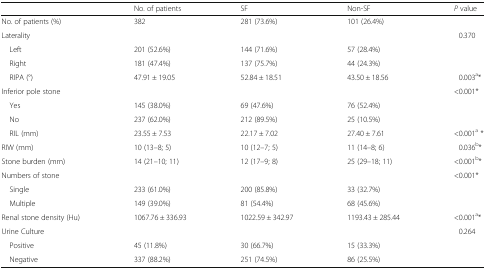
<table><thead><tr><td></td><td><b>No. of patients</b></td><td><b>SF</b></td><td><b>Non-SF</b></td><td><b><i>P</i> value</b></td></tr></thead><tbody><tr><td>No. of patients (%)</td><td>382</td><td>281 (73.6%)</td><td>101 (26.4%)</td><td></td></tr><tr><td>Laterality</td><td></td><td></td><td></td><td>0.370</td></tr><tr><td> Left</td><td>201 (52.6%)</td><td>144 (71.6%)</td><td>57 (28.4%)</td><td></td></tr><tr><td> Right</td><td>181 (47.4%)</td><td>137 (75.7%)</td><td>44 (24.3%)</td><td></td></tr><tr><td> RIPA (°)</td><td>47.91 ± 19.05</td><td>52.84 ± 18.51</td><td>43.50 ± 18.56</td><td>0.003<sup>a</sup>*</td></tr><tr><td>Inferior pole stone</td><td></td><td></td><td></td><td>&lt;0.001*</td></tr><tr><td> Yes</td><td>145 (38.0%)</td><td>69 (47.6%)</td><td>76 (52.4%)</td><td></td></tr><tr><td> No</td><td>237 (62.0%)</td><td>212 (89.5%)</td><td>25 (10.5%)</td><td></td></tr><tr><td> RIL (mm)</td><td>23.55 ± 7.53</td><td>22.17 ± 7.02</td><td>27.40 ± 7.61</td><td>&lt;0.001<sup>a</sup> *</td></tr><tr><td>RIW (mm)</td><td>10 (13–8; 5)</td><td>10 (12–7; 5)</td><td>11 (14–8; 6)</td><td>0.036<sup>b</sup>*</td></tr><tr><td>Stone burden (mm)</td><td>14 (21–10; 11)</td><td>12 (17–9; 8)</td><td>25 (29–18; 11)</td><td>&lt;0.001<sup>b</sup>*</td></tr><tr><td>Numbers of stone</td><td></td><td></td><td></td><td>&lt;0.001*</td></tr><tr><td> Single</td><td>233 (61.0%)</td><td>200 (85.8%)</td><td>33 (32.7%)</td><td></td></tr><tr><td> Multiple</td><td>149 (39.0%)</td><td>81 (54.4%)</td><td>68 (45.6%)</td><td></td></tr><tr><td>Renal stone density (Hu)</td><td>1067.76 ± 336.93</td><td>1022.59 ± 342.97</td><td>1193.43 ± 285.44</td><td>&lt;0.001<sup>a</sup>*</td></tr><tr><td>Urine Culture</td><td></td><td></td><td></td><td>0.264</td></tr><tr><td> Positive</td><td>45 (11.8%)</td><td>30 (66.7%)</td><td>15 (33.3%)</td><td></td></tr><tr><td> Negative</td><td>337 (88.2%)</td><td>251 (74.5%)</td><td>86 (25.5%)</td><td></td></tr></tbody></table>